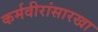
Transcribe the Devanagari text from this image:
कर्मवीरांसारखा